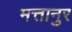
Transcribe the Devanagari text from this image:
मत्तानुर